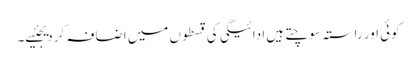
کوئی اور راستہ سوچتے ہیں ادائیگی کی قسطوں میں اضافہ کر دیجئیے۔